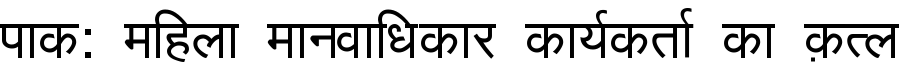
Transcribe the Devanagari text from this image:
पाक: महिला मानवाधिकार कार्यकर्ता का क़त्ल